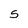
Character: 5